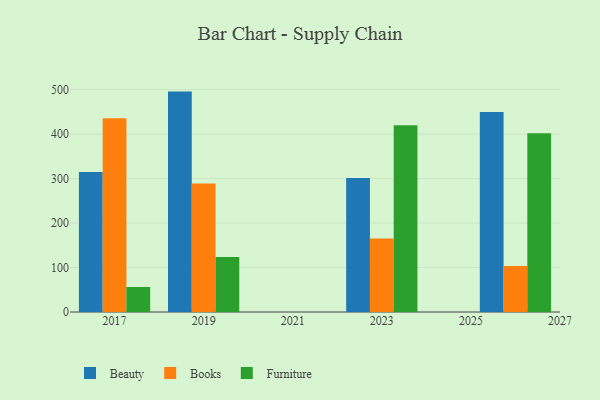
{"axis": {"x": "Year", "y": "Inventory Turnover"}, "legend": ["Beauty", "Books", "Furniture"], "data": [{"x": "2017", "y": 314.6, "type": "Beauty"}, {"x": "2017", "y": 435.8, "type": "Books"}, {"x": "2017", "y": 56.2, "type": "Furniture"}, {"x": "2023", "y": 301.2, "type": "Beauty"}, {"x": "2023", "y": 165.5, "type": "Books"}, {"x": "2023", "y": 419.9, "type": "Furniture"}, {"x": "2019", "y": 495.6, "type": "Beauty"}, {"x": "2019", "y": 289.1, "type": "Books"}, {"x": "2019", "y": 123.5, "type": "Furniture"}, {"x": "2026", "y": 449.5, "type": "Beauty"}, {"x": "2026", "y": 103.2, "type": "Books"}, {"x": "2026", "y": 401.8, "type": "Furniture"}]}